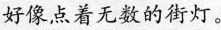
好像点着无数的街灯。